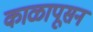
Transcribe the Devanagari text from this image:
काळापूसन